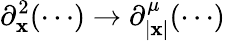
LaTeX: \partial_{\mathbf{x}}^{2}(\cdots)\rightarrow\partial_{|\mathbf{x}|}^{\mu}(\cdots)